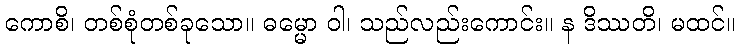
ကောစိ၊ တစ်စုံတစ်ခုသော။ ဓမ္မော ဝါ၊ သည်လည်းကောင်း။ န ဒိဿတိ၊ မထင်။